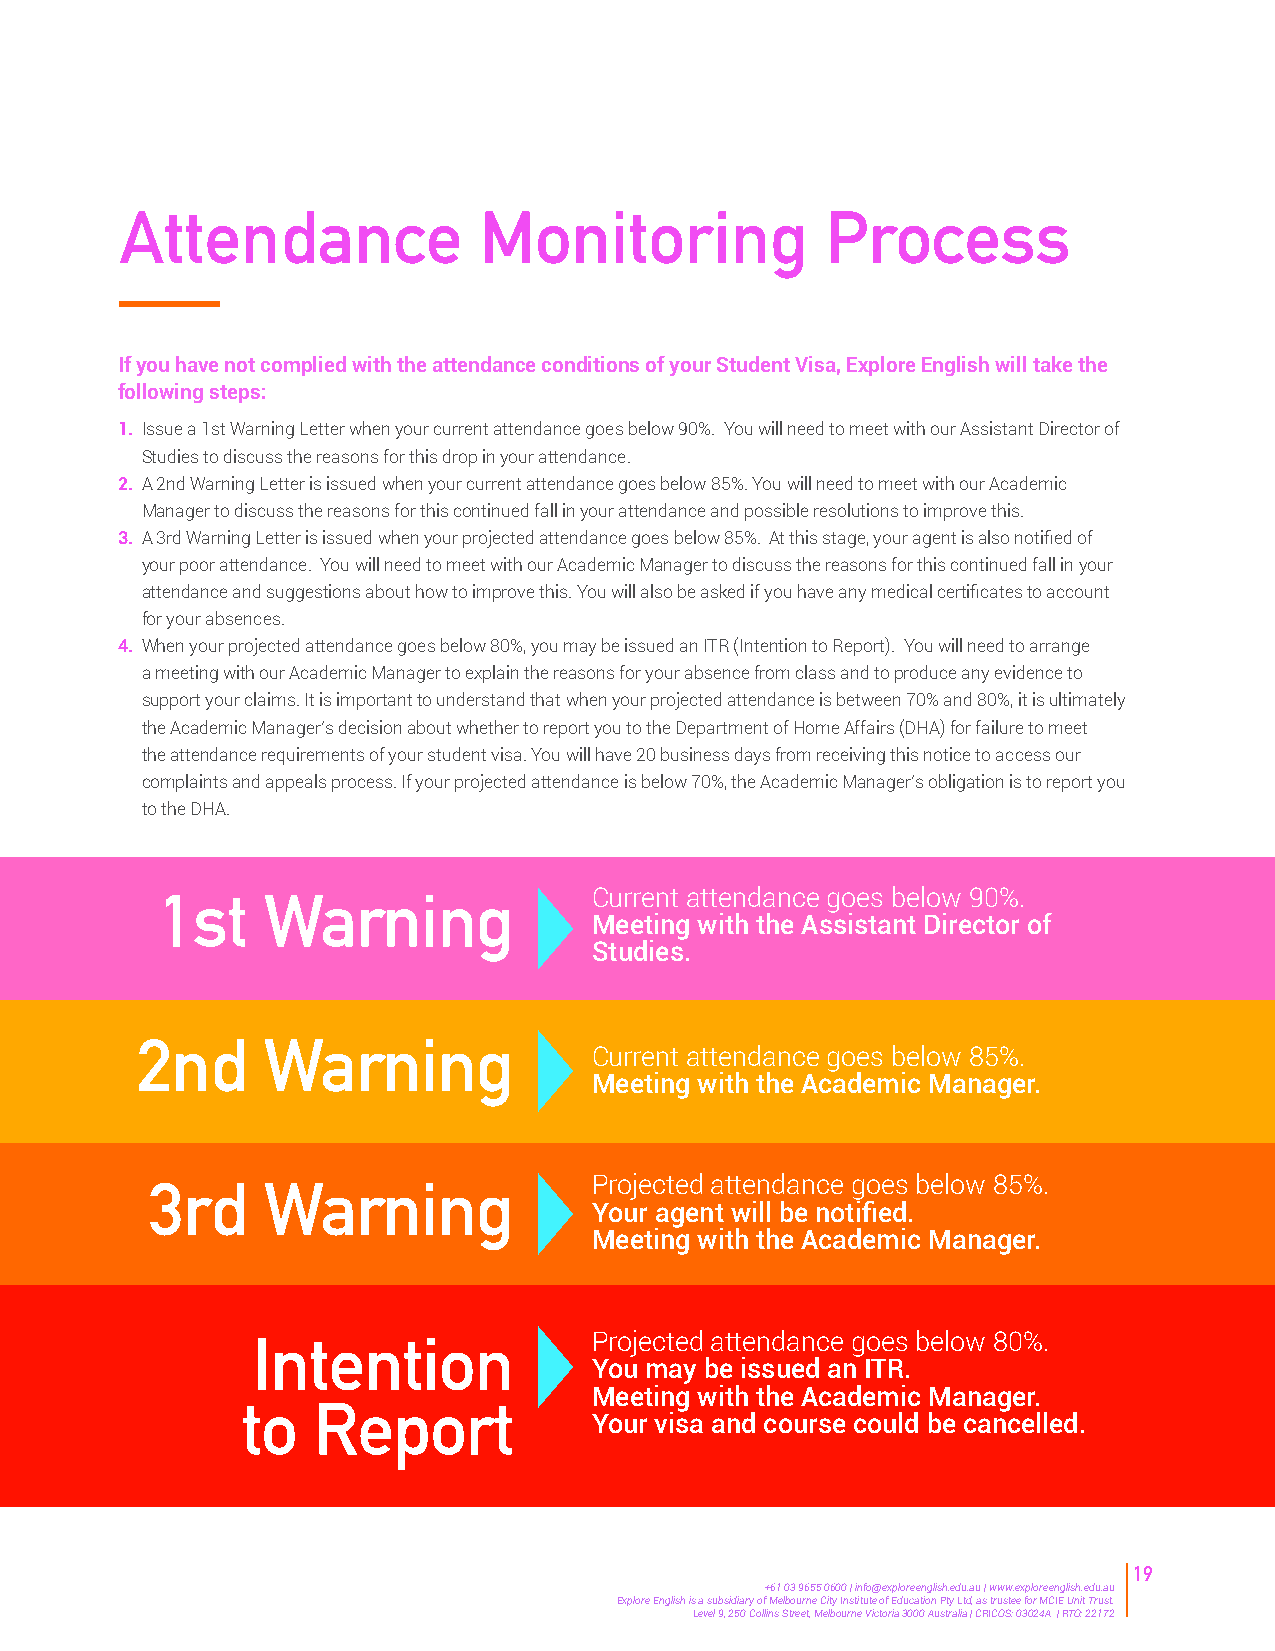
Attendance              Monitoring             Process
 If you have not complied with the attendance conditions of your Student Visa, Explore English will take the
 following steps:
 1. Issue a 1st Warning Letter when your current attendance goes below 90%. You will need to meet with our Assistant Director of
 Studies to discuss the reasons for this drop in your attendance.
 2. A 2nd Warning Letter is issued when your current attendance goes below 85%. You will need to meet with our Academic
 Manager to discuss the reasons for this continued fall in your attendance and possible resolutions to improve this.
 3. A 3rd Warning Letter is issued when your projected attendance goes below 85%. At this stage, your agent is also notified of
 your poor attendance. You will need to meet with our Academic Manager to discuss the reasons for this continued fall in your
 attendance and suggestions about how to improve this. You will also be asked if you have any medical certificates to account
 for your absences.
 4. When your projected attendance goes below 80%, you may be issued an ITR (Intention to Report). You will need to arrange
 a meeting with our Academic Manager to explain the reasons for your absence from class and to produce any evidence to
 support your claims. It is important to understand that when your projected attendance is between 70% and 80%, it is ultimately
 the Academic Manager’s decision about whether to report you to the Department of Home Affairs (DHA) for failure to meet
 the attendance requirements of your student visa. You will have 20 business days from receiving this notice to access our
 complaints and appeals process. If your projected attendance is below 70%, the Academic Manager’s obligation is to report you
 to the DHA.
 1st   Warning               Current attendance goes below 90%.
 Meeting with the Assistant Director of
 Studies.
 2nd     Warning
 Current attendance goes below 85%.
 Meeting with the Academic Manager.
 Projected attendance goes below 85%.
 3rd    Warning
 Your agent will be notified.
 Meeting with the Academic Manager.
 Intention             Projected attendance goes below 80%.
 You may be issued an ITR.
 Meeting with the Academic Manager.
 to   Report
 Your visa and course could be cancelled.
 19
 +61 03 9655 0600 | info@exploreenglish.edu.au | www.exploreenglish.edu.au
 Explore English is a subsidiary of Melbourne City Institute of Education Pty Ltd, as trustee for MCIE Unit Trust.
 Level 9, 250 Collins Street, Melbourne Victoria 3000 Australia | CRICOS: 03024A | RTO: 22172